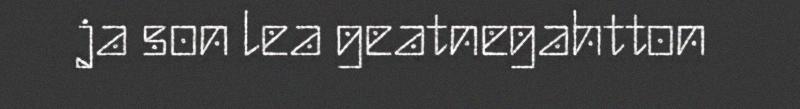
ja son lea geatnegahtton